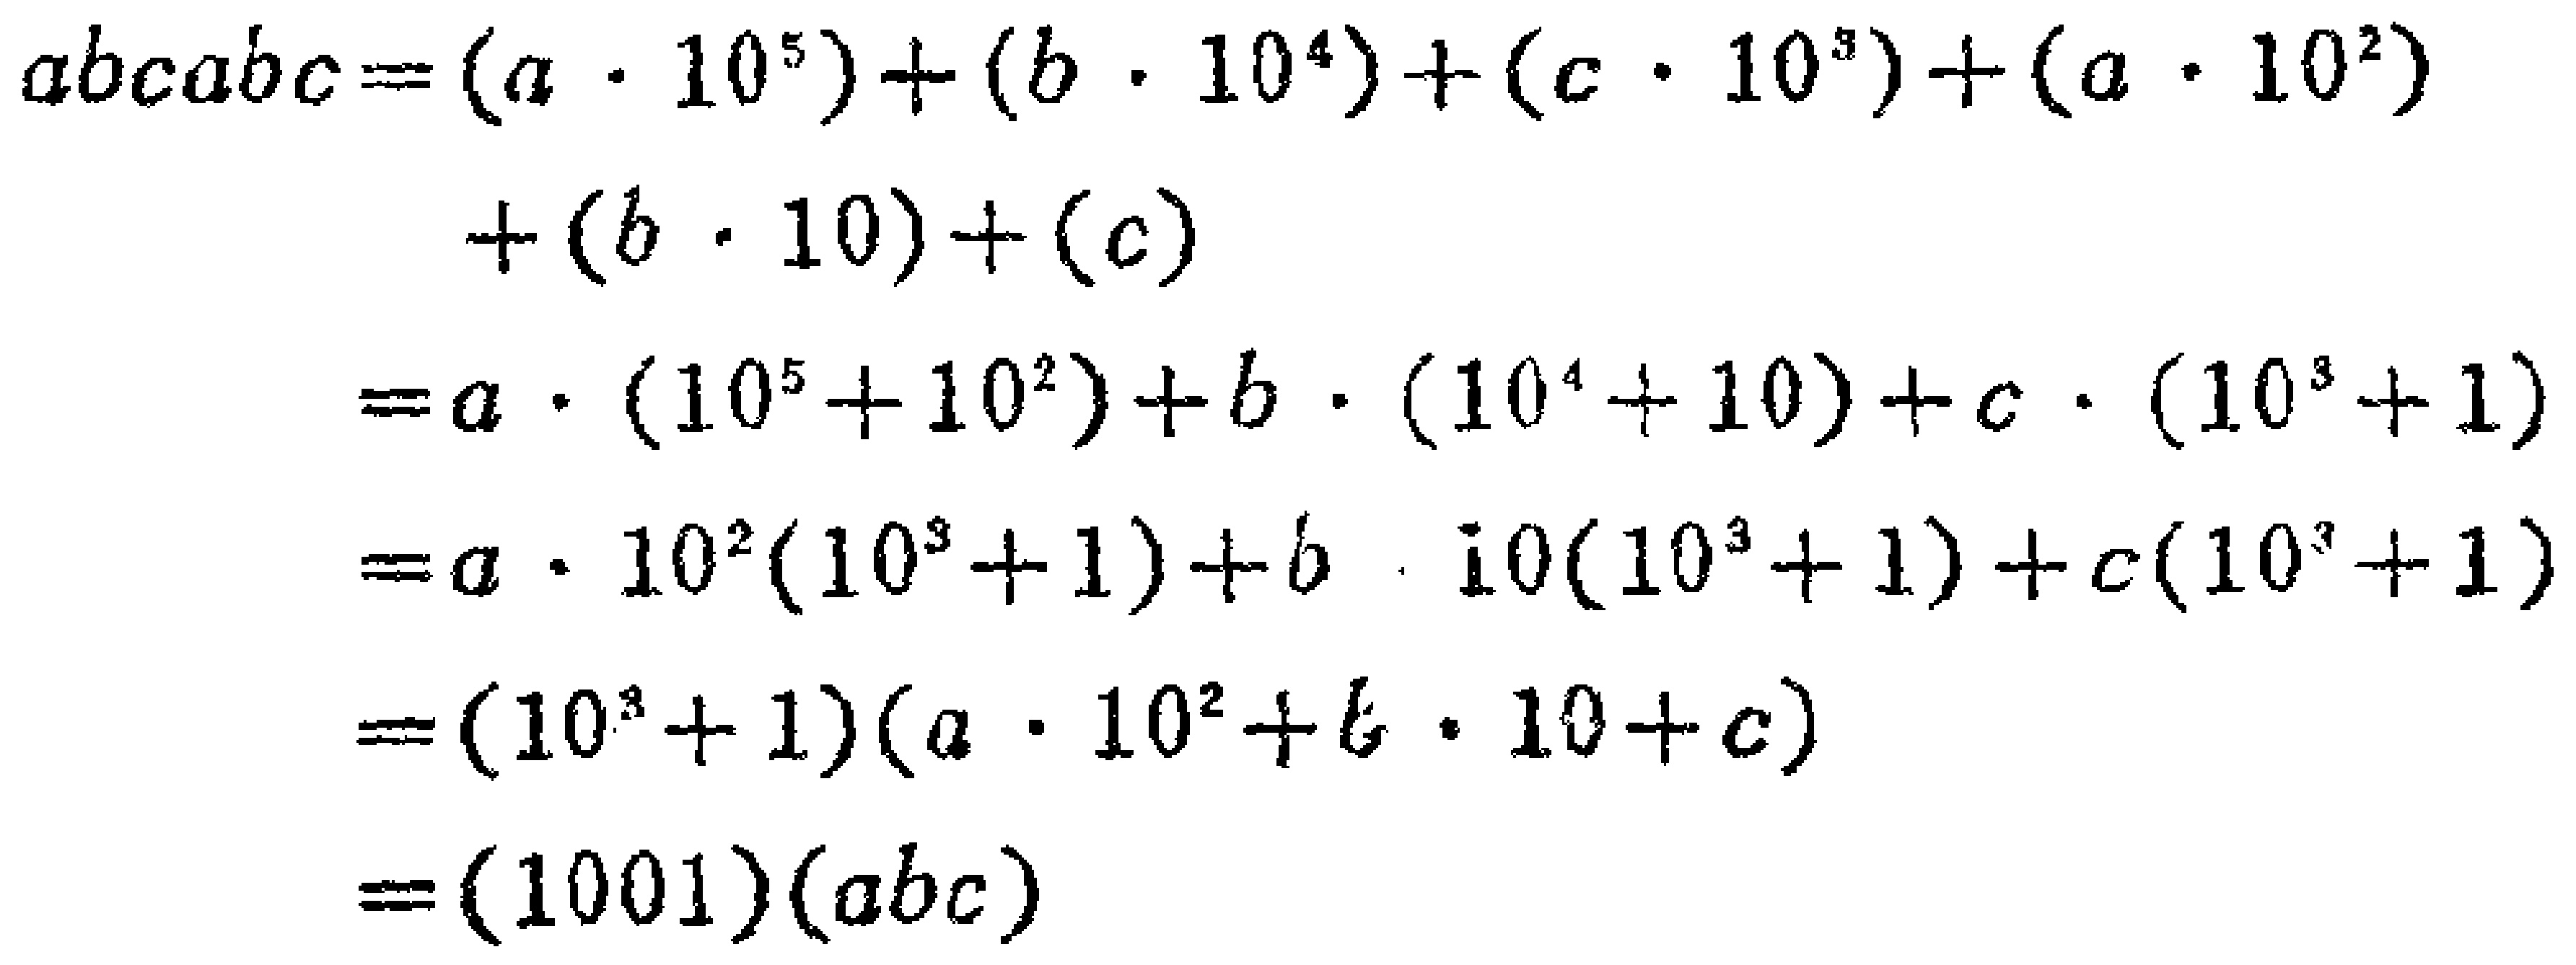
\begin{align*}

abcabc&=(a\cdot10^{5})+(b\cdot10^{4})+(c\cdot10^{3})+(a\cdot10^{2})\\

&+(b\cdot10)+(c)\\

&=a\cdot(10^{5}+10^{2})+b\cdot(10^{4}+10)+c\cdot(10^{3}+1)\\

&=a\cdot10^{2}(10^{3}+1)+b\cdot10(10^{3}+1)+c(10^{3}+1)\\

&=(10^{3}+1)(a\cdot10^{2}+b\cdot10 + c)\\

&=(1001)(abc)

\end{align*}